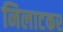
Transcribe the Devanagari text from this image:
निलाटकर